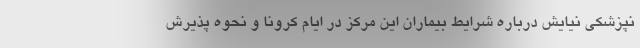
نپزشکی نیایش درباره شرایط بیماران این مرکز در ایام کرونا و نحوه پذیرش